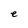
Character: e